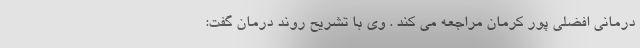
درمانی افضلی پور کرمان مراجعه می کند . وی با تشریح روند درمان گفت: